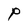
Character: P